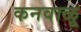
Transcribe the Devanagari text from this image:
कनवाळू